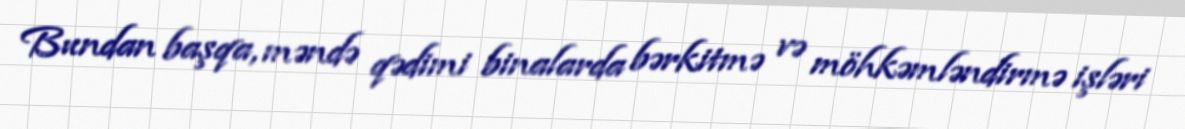
Bundan başqa, məndə qədimi binalarda bərkitmə və möhkəmləndirmə işləri